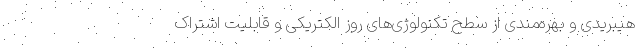
هیبریدی و بهره‌مندی از سطح تکنولوژی‌های روز الکتریکی و قابلیت اشتراک‌